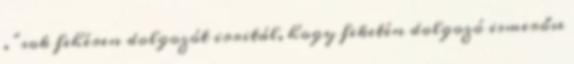
. "sok fehéren dolgozót irritál, hogy feketén dolgozó ismerőse